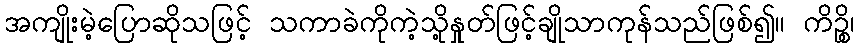
အကျိုးမဲ့ပြောဆိုသဖြင့် သကာခဲကိုကဲ့သို့နှုတ်ဖြင့်ချိုသာကုန်သည်ဖြစ်၍။ ကိဉ္စိ၊